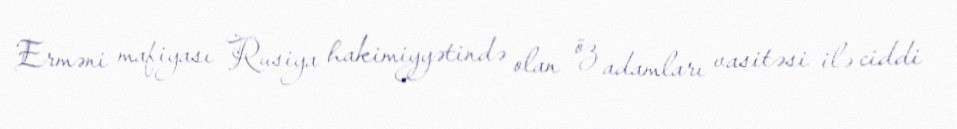
Erməni mafiyası Rusiya hakimiyyətində olan öz adamları vasitəsi ilə ciddi